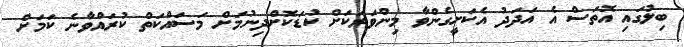
ބިލުގައި އޮތަސް އެ އަދަދު އެކަށީގެންވާ މިންވަރަކަށް ކުޑަކޮށްދިނުމަށް މަސައްކަތް ކުރައްވާނެ ކަމަށް